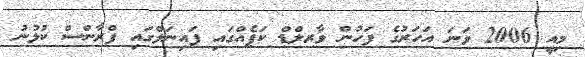
މިއީ 2006 ވަނަ އަހަރުގެ ފަހުން ވާރލްޑް ކަޕެއްގައި ފައިނަލްގައި ފްރާންސް ކުޅުނު